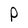
Character: P